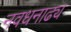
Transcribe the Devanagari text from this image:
नवधनाढ्य